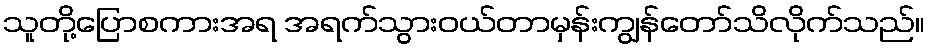
သူတို့ပြောစကားအရ အရက်သွားဝယ်တာမှန်းကျွန်တော်သိလိုက်သည်။